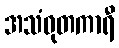
အသံဝုတကာရီ